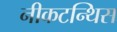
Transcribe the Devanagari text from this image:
नीकटन्थिस